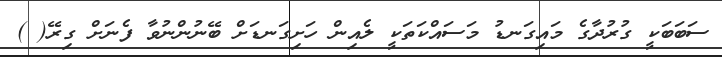
ސަބަބަކީ ގުރުދާގެ މައިގަނޑު މަސައްކަތަކީ ލެއިން ހަށިގަނޑަށް ބޭނުންނުވާ ފެނަށް ގިރޭ( )